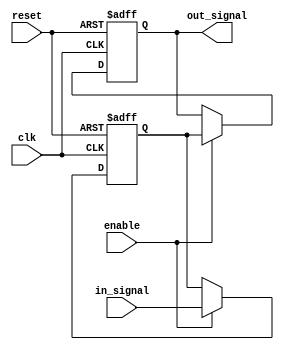
module Latch_Delay (
    input wire clk,
    input wire reset,
    input wire enable,
    input wire in_signal,
    output reg out_signal
);

reg internal_signal;

always @(posedge clk or posedge reset) begin
    if (reset) begin
        internal_signal <= 1'b0;
        out_signal <= 1'b0;
    end else if (enable) begin
        internal_signal <= in_signal;
        out_signal <= internal_signal;
    end
end

endmodule